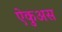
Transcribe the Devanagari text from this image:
ऐकुअस